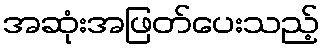
အဆုံးအဖြတ်ပေးသည့်